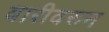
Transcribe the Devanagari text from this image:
वारीवरुन